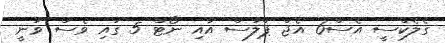
ގެލެކްސީ އެސް6 އެޖް ޕްލަސް އާއި ނޯޓް 5 ގައި ވެސް ވަނީ